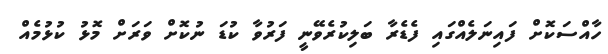
ހާއްސަކޮށް ފައިނަލެއްގައި ފެޑެރާ ބަލިކުރެވޭނީ ފަރުވާ ކުޑަ ނުކޮށް ވަރަށް މޮޅު ކުޅުމެއް